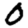
Digit: 0